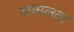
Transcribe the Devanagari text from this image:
कामलता